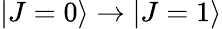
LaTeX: |J=0\rangle\rightarrow|J=1\rangle